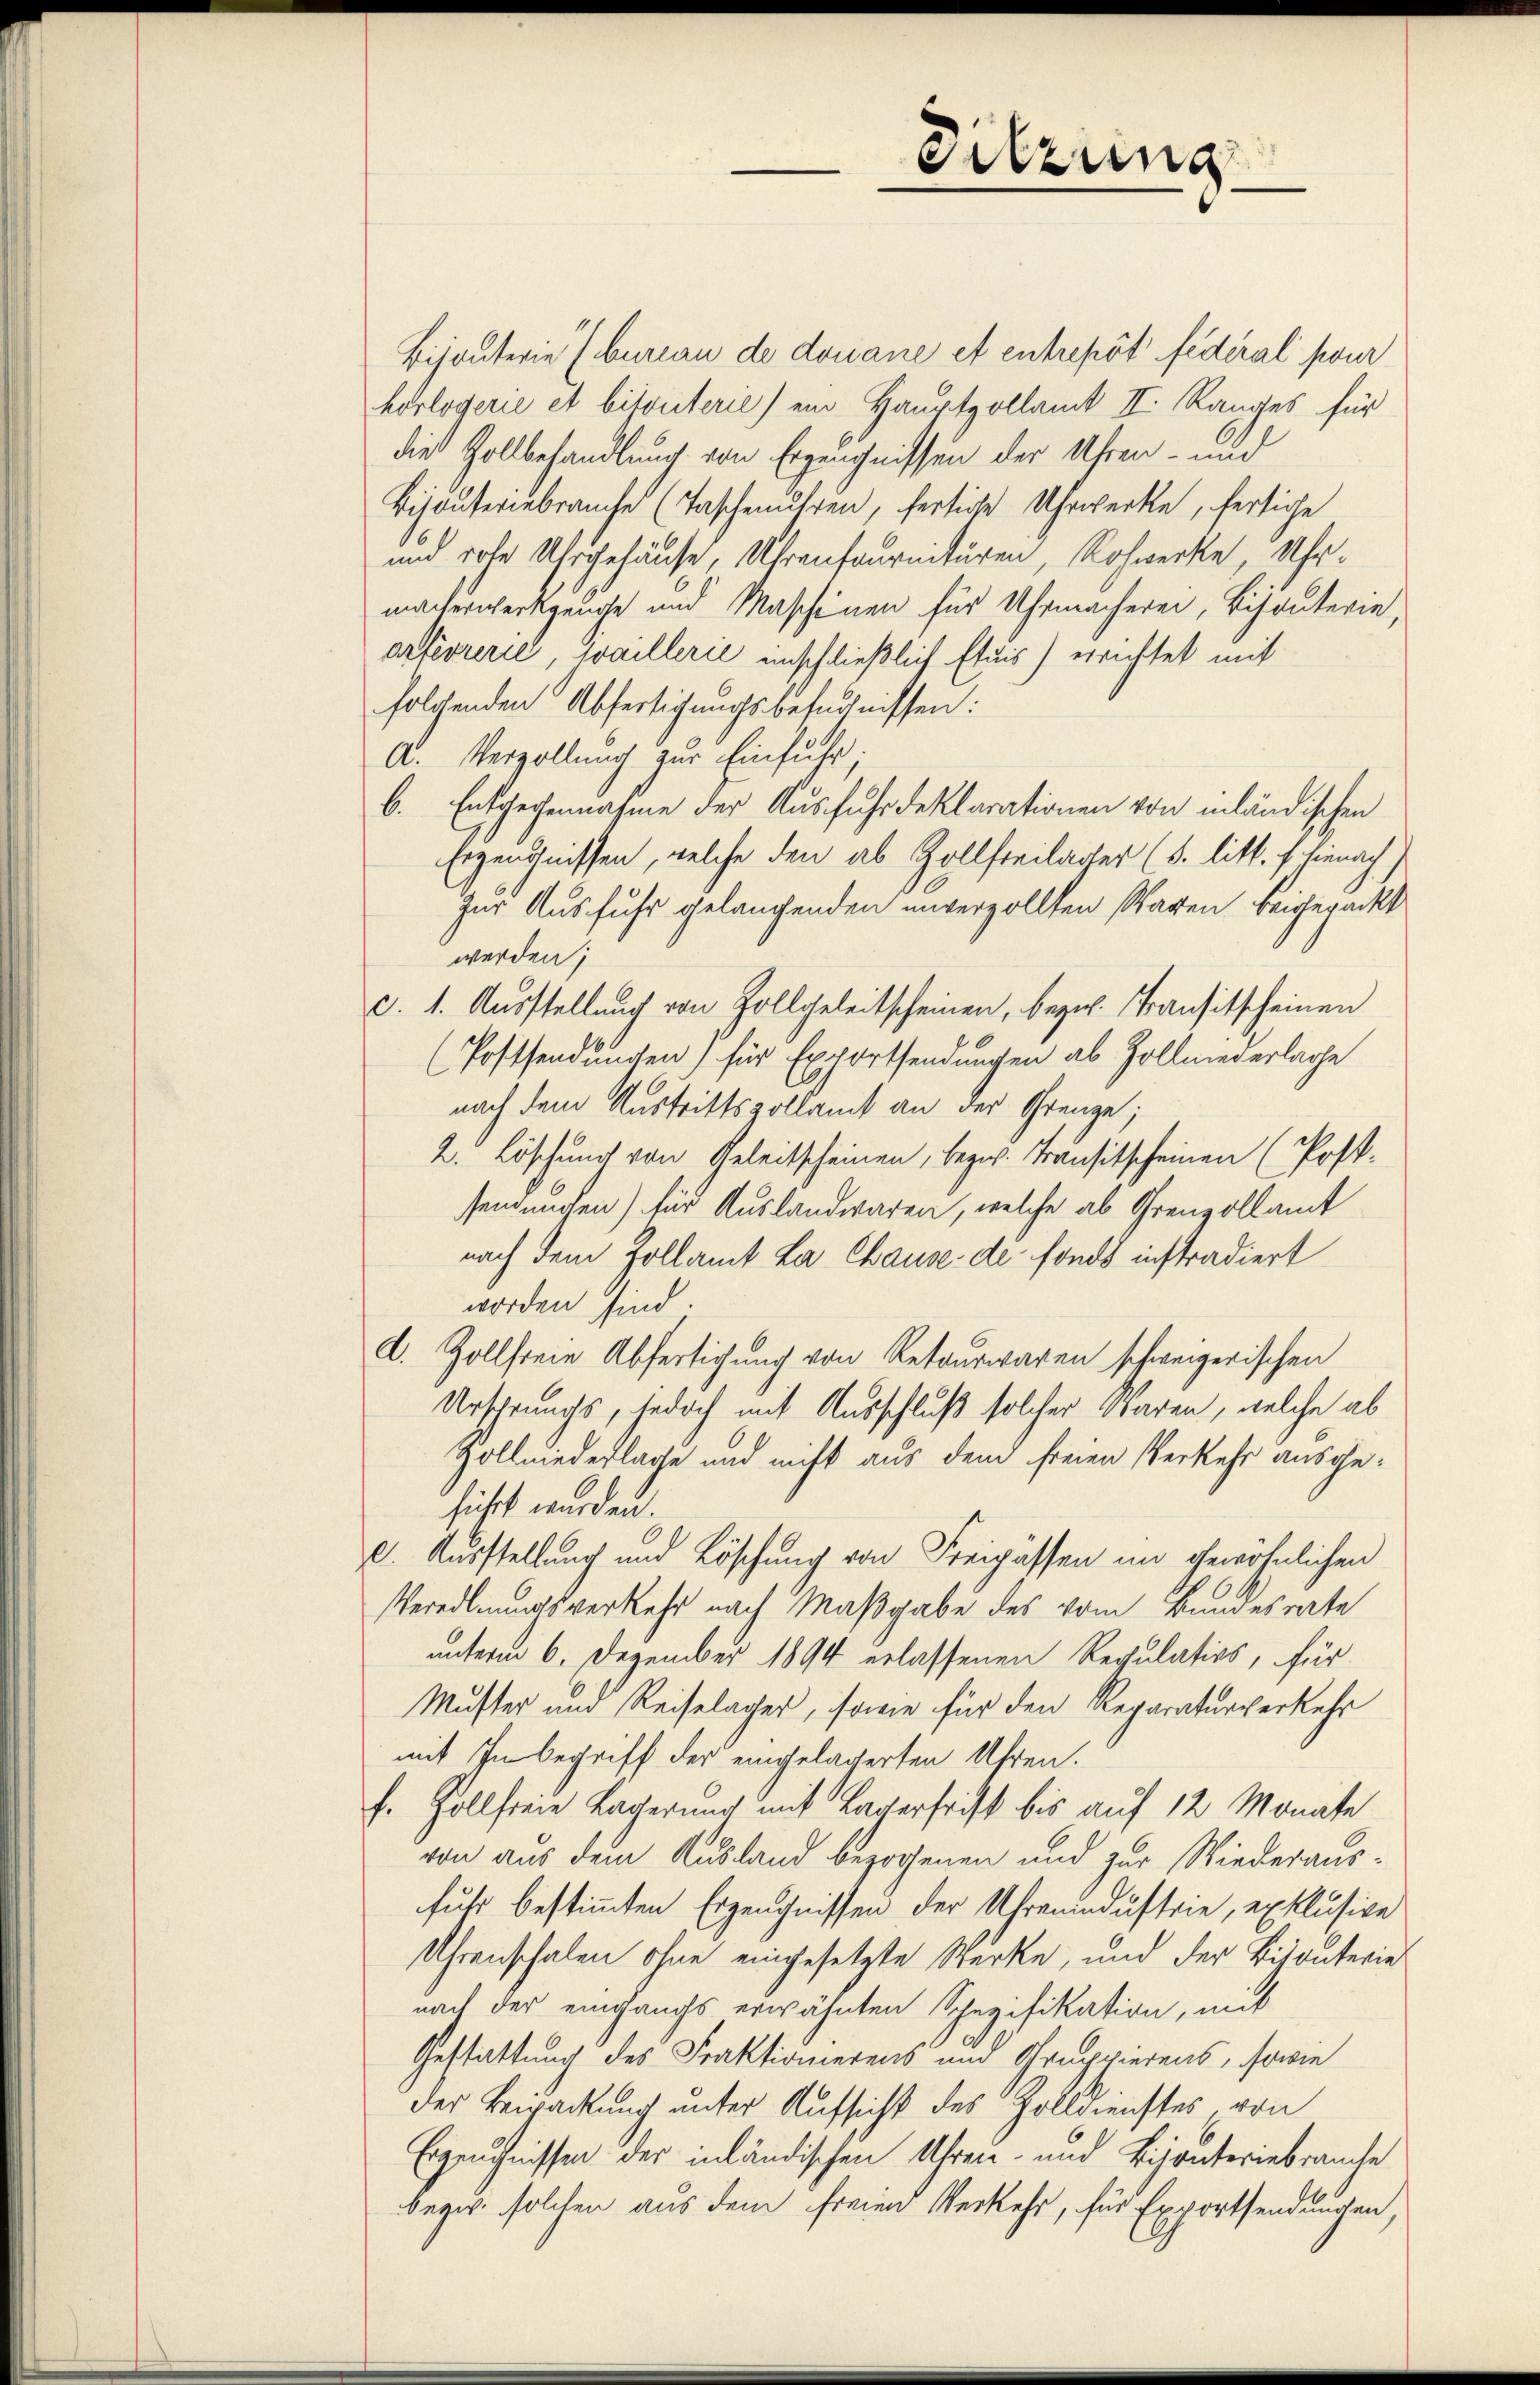
Bisanterie bureau de douane et entrepôt fédéral pour
hörlogerie et bitvuterie) ein Hauptpollamt II. Ranges für
die Zollbehandlung von Erzeugnissen der Uhren- und
Bijouteriebrauche (Taschenuhren, fertige Uhrwerke, fertige
und rohe Uhrgehäuse, Uhrenfournituren, Rohwerke, Uhrmacherwerkzeuge und Maschinen für Uhrmacherei, Bisanterie,
arfevrerić, waillerie einschließlich Etuis) errichtet mit
folchenden Abfertigungsbefugnissen:
A. Verzollung zur Einfuhr.
b. Entgegennahme der Ausfuhr deklarationen von inländischen
Erzeugnissen, welche den ab Zollsteilager (s. litt. f hienach
Zur Ausfuhr gelangenden unverzollten Waren beigepackt
werden;
c. 1. Ausstellung von Zollgeleitscheinen, bezw. Transitscheinen
(Postsendungen) für Exportsendungen ab Zollmeierlage
nach dem Austrittszollamt an der Grenze;
2. Löschung von Geleitscheinen, bezw. Transitscheinen (Post-
sendnissen) für Auslandwaren, welche ab Grenzollamt
nach dem Zollamt La Chause de fonds instradiert
worden sind.
d. Zollfreie Abfertigung von Retourwaren schweizerischen
Ursprungs, jedoch mit Ausschluß solcher Waren, welche ab
Zollniederlage und nicht aus dem freien Verkehr ausgesicht wurden.
c. Ausstellung und Löschung von Freipässen im gewöhnlichen
eredlmutsverkehr nach Maßgabe des vom Bundesrate
unterm 6. Dezember 1894 erlassenen Regulatios, für
Muster und Reiselager, sowie für den Reparaturverkehr
mit Inbegriff der eingelagerten Uhren.
f. Hollfreie Lagerung mit Lagerfrist bis auf 12 Monate
von aus dem Ausland bezogenen und zur Wiederausfuhr bestimmten Erzeugnissen der Uhrenindustrie, exklusive
Uhrenschalen ohne eingesetzte Werke, und der Bisanterie
nach der eingangs erwähnten Spezifikation, mit
Gestattung des Fraktionierens und Gruppierens, sowie
der Beigackung unter Aufsicht des Zolldienstes, von
Erzeugnissen der inländischen Uhren- und Bisanteriebrauche
bezw. solchen aus dem freien Verkehr, für Exportsendungen,

Sitzung